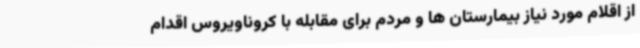
از اقلام مورد نیاز بیمارستان ها و مردم برای مقابله با کروناویروس اقدام